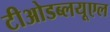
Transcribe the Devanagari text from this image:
टीओडब्लयूएल